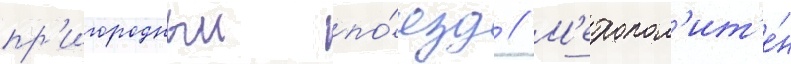
пр'игородныи по́езд // М'етропол'ит'е́н